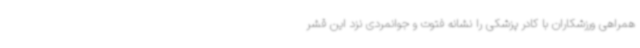
همراهی ورزشکاران با کادر پزشکی را نشانه فتوت و جوانمردی نزد این قشر